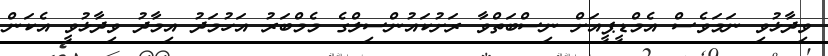
ވިދާޅުވި ނަމަވެސް އެމްޑީޕީއަށް ނިސްބަތްވާ ރަށުކައުންސިލްގެ މެމްބަރު އަހުމަދު އިމާދު ވިދާޅުވީ އެކަން